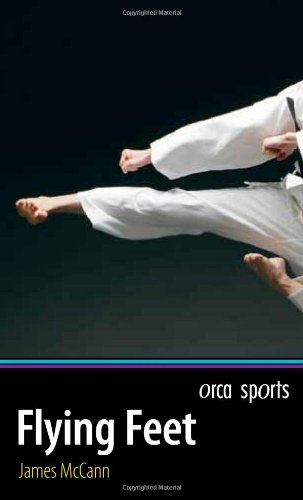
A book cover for Flying Feet (Orca Sports); James McCann; Sports & Outdoors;